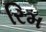
રિમ